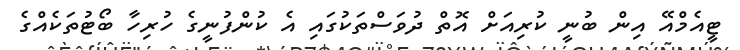
ޓީއެމްއޭ އިން ބުނީ ކުރިއަށް އޮތް ދުވަސްތަކުގައި އެ ކުންފުނީގެ ހުރިހާ ބޯޓުތަކެއްގެ